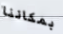
بمكاننا